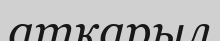
атқарыл